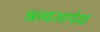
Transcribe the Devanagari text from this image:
श्रव्यसापेक्ष